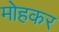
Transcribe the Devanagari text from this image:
मोहकर